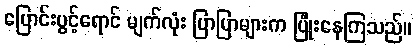
ပြောင်းပွင့်ရောင် မျက်လုံး ပြာပြာများက ပြုံးနေကြသည်။